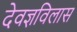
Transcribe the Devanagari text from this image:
देवज्ञविलास